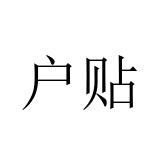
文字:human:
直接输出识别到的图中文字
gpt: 户贴